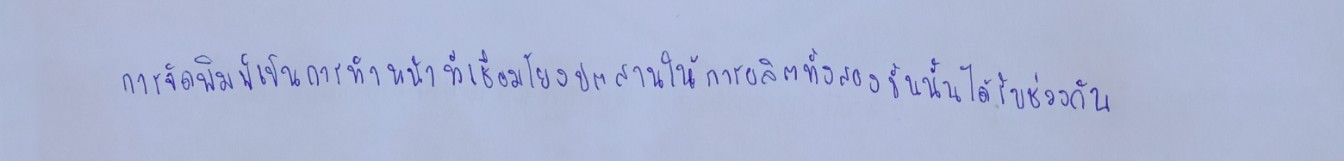
การจัดพิมพ์เป็นการทำหน้าที่เชื่อมโยงประสานให้การผลิตทั้งสองขั้นนั้นได้รับช่วงกัน